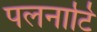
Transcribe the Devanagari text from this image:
पलनाटि